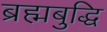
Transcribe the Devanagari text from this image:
ब्रह्मबुद्धि